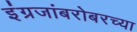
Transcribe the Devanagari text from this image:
इंग्रजांबरोबरच्या